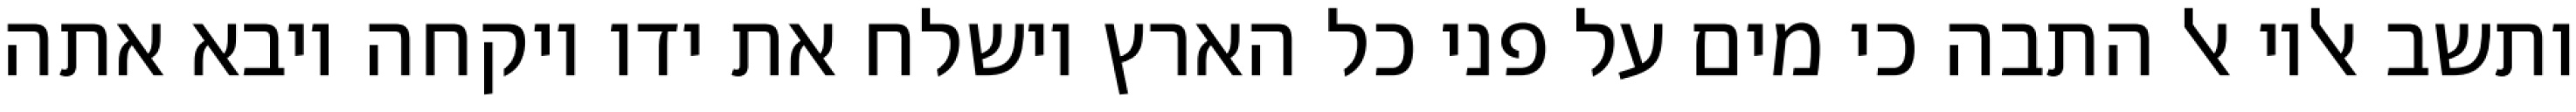
ותשב אליו אל התבה כי מים על פני כל הארץ וישלח את ידו ויקחה ויבא אתה